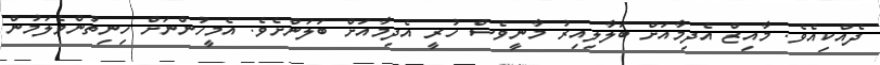
ދެއްކިއެވެ. މާއިޒް އެދިމާއަށް ބަލާލިއިރު މާނީވެސް ހުރީ އެދިމާއަށް ބަލަންށެވެ. އެމީހުންނަށް ހިނިތުންވެލަމުން